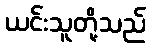
ယင်းသူတို့သည်